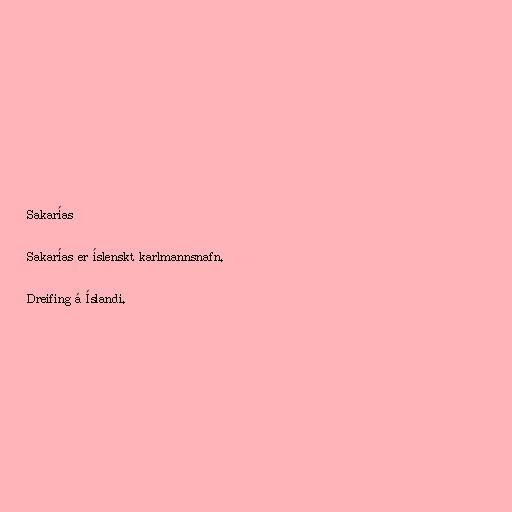
Sakarías

Sakarías er íslenskt karlmannsnafn.

Dreifing á Íslandi.